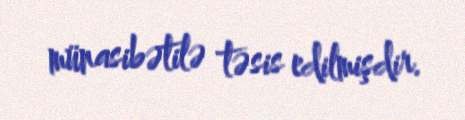
münasibətilə təsis edilmişdir.